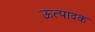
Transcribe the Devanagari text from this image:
ऊत्पादक